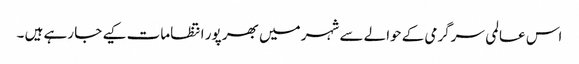
اس عالمی سرگرمی کے حوالے سے شہر میں بھر پور انتظامات کیے جا رہے ہیں ۔